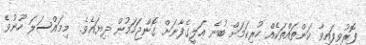
ފޮރުވިފައިވާ ކަންތައްތަކެއް ހުރިކަމަށް ބުނެ ޢަލީގެފާނަށް ގޮންޖަހަމުން ދިޔައެވެ.  މިމައްސަލަ ހޫނުވެ